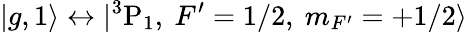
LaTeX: |g,1\rangle\leftrightarrow|{}^{3}\mathrm{P}_{1},~F^{\prime}=1/2,~m_{F^{\prime}}=+1/2\rangle